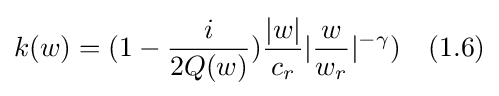
k(w)=(1-{\frac {i}{2Q(w)}}){\frac {|w|}{c_{r}}}|{\frac {w}{w_{r}}}|^{-\gamma })\quad (1.6)